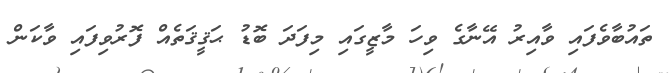
ތައުބާވެފައި ވާއިރު އޭނާގެ ވިހަ މާޒީގައި މިފަދަ ބޮޑު ޙަޤީޤަތެއް ފޮރުވިފައި ވާކަން